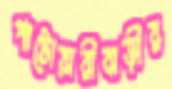
পাটোয়ারীবাড়ীর